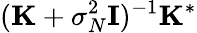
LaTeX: (\mathbf{K}+\sigma_{N}^{2}{\mathbf{I}})^{-1}\mathbf{K}^{*}